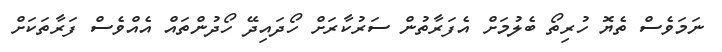
ނަމަވެސް ތެޔޮ ހުރިތޯ ބެލުމަށް އެފަރާތުން ސަރުކާރަށް ހޯދައިދޭ ހޯދުންތައް އެއްވެސް ފަރާތަކަށް